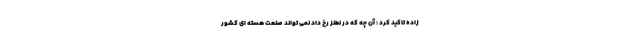
زاده تاکید کرد : آن چه که در نطنز رخ داد نمی تواند صنعت هسته ای کشور